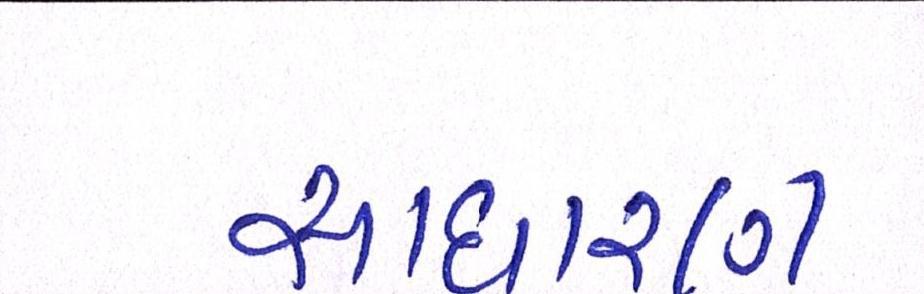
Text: સાઘારણ